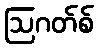
ဩဂတ်စ်